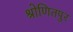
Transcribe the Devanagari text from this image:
श्रोणितपुर